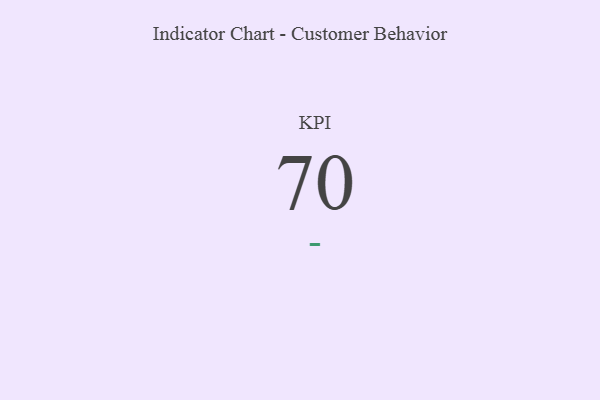
{"axis": {"x": "KPI", "y": "Value"}, "legend": [""], "data": [{"x": "KPI", "y": 70, "type": ""}]}